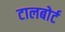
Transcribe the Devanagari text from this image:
टालबोर्ट